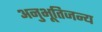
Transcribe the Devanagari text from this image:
अनुभूतिजन्य